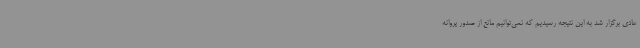
عادی برگزار شد به این نتیجه رسیدیم که نمی‌توانیم مانع از صدور پروانه